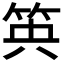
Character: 𥬺